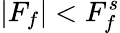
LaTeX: |F_{f}|<F_{f}^{s}